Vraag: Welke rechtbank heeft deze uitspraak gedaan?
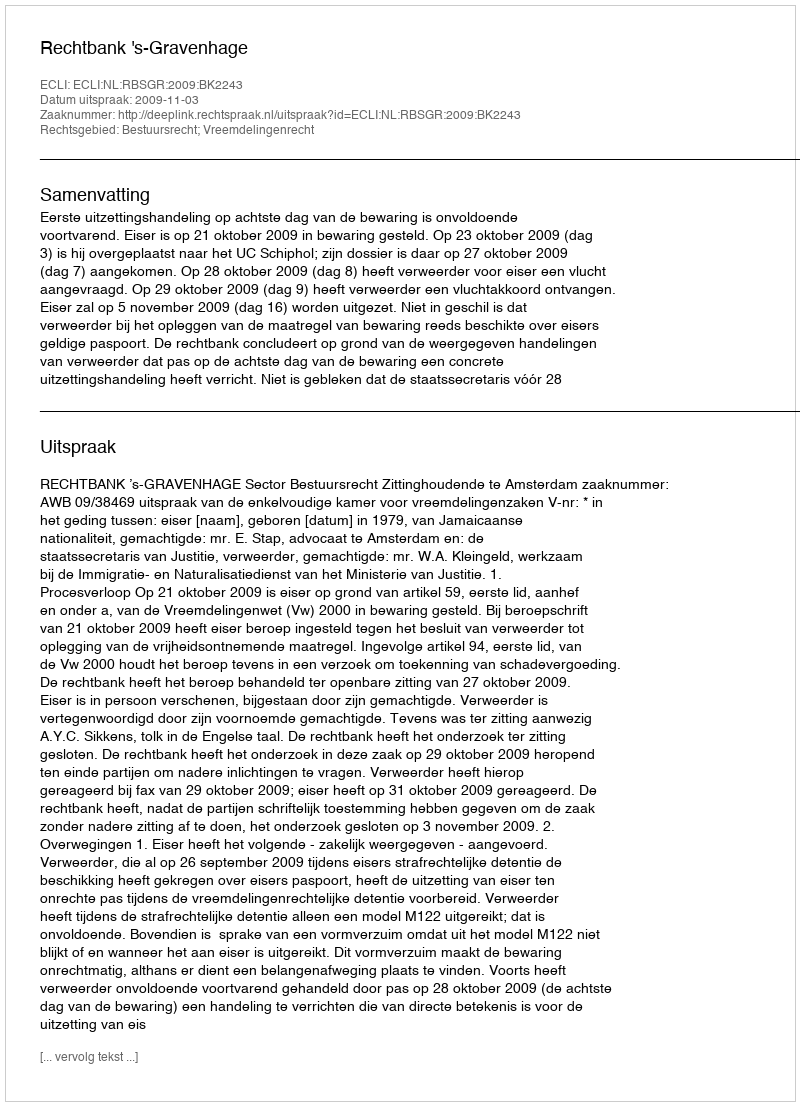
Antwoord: Rechtbank 's-Gravenhage